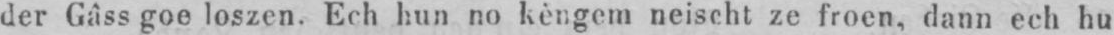
der Gâss goe loszen. Ech hun no kèngem neischt ze froen, dann ech hu